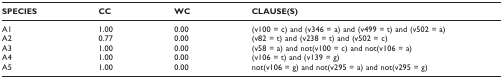
<table><thead><tr><td><b>SPECIES</b></td><td><b>CC</b></td><td><b>WC</b></td><td><b>CLAUSE(S)</b></td></tr></thead><tbody><tr><td>A1</td><td>1.00</td><td>0.00</td><td>(v100 = c) and (v346 = a) and (v499 = t) and (v502 = a)</td></tr><tr><td>A2</td><td>0.77</td><td>0.00</td><td>(v82 = t) and (v238 = t) and (v502 = c)</td></tr><tr><td>A3</td><td>1.00</td><td>0.00</td><td>(v58 = a) and not(v100 = c) and not(v106 = a)</td></tr><tr><td>A4</td><td>1.00</td><td>0.00</td><td>(v106 = t) and (v139 = g)</td></tr><tr><td>A5</td><td>1.00</td><td>0.00</td><td>not(v106 = g) and not(v295 = a) and not(v295 = g)</td></tr></tbody></table>